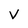
Character: V